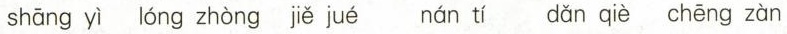
shāng yì lóng zhòng jiě jué nán tí dǎn qiè chēng zàn